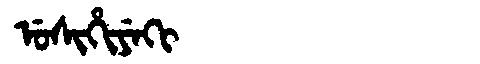
Manchu: ᡠᠰᡳᡥᡳᠶᡝᡴᡳ
Romanization: USIHIYEKI